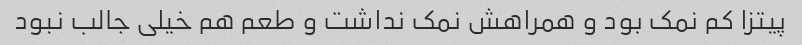
پیتزا کم نمک بود و همراهش نمک نداشت و طعم هم خیلی جالب نبود